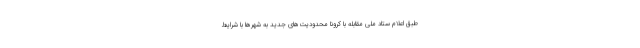
طبق اعلام ستاد ملی مقابله با کرونا محدودیت‌های جدید به شهرها با شرایط